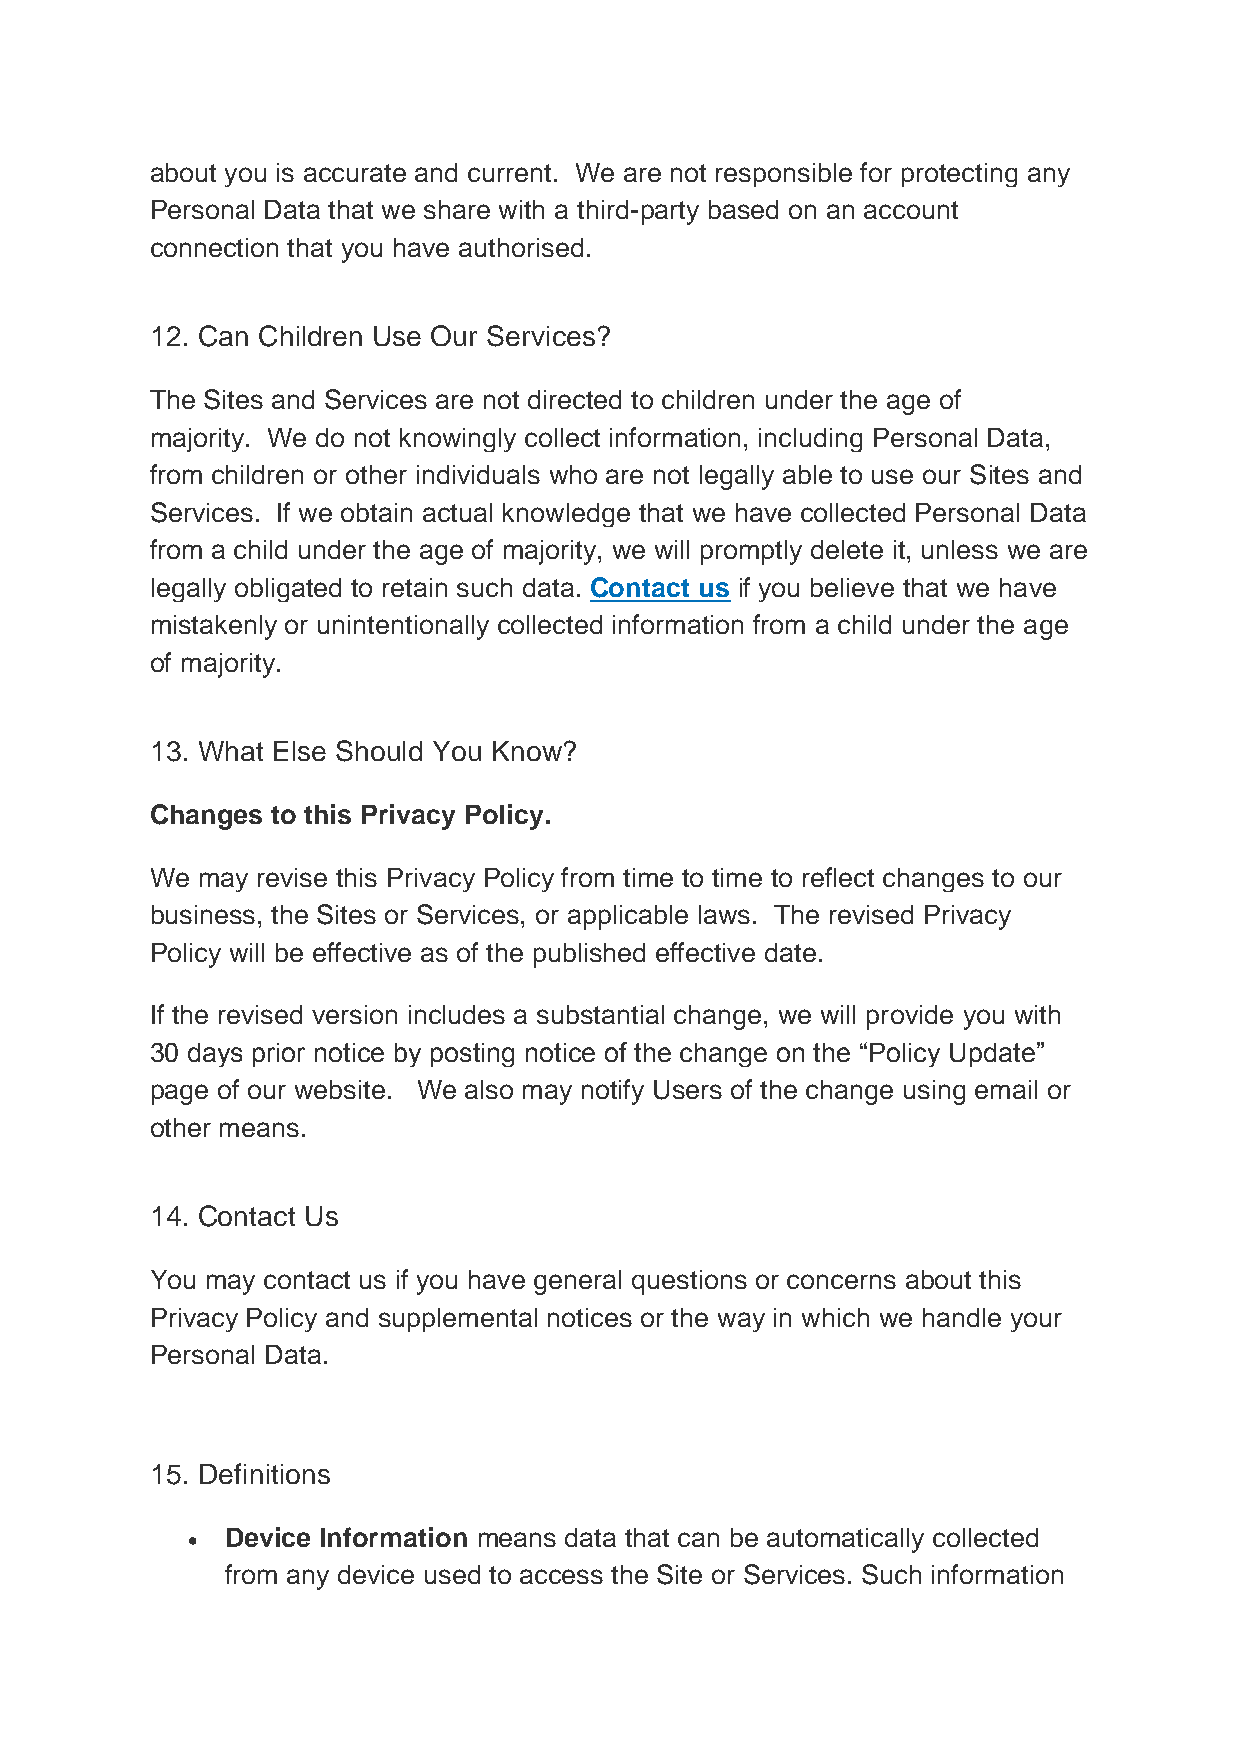
about you is accurate and current. We are not responsible for protecting any
 Personal Data that we share with a third-party based on an account
 connection that you have authorised.
 12. Can Children Use Our Services?
 The Sites and Services are not directed to children under the age of
 majority. We do not knowingly collect information, including Personal Data,
 from children or other individuals who are not legally able to use our Sites and
 Services. If we obtain actual knowledge that we have collected Personal Data
 from a child under the age of majority, we will promptly delete it, unless we are
 legally obligated to retain such data. Contact us if you believe that we have
 mistakenly or unintentionally collected information from a child under the age
 of majority.
 13. What Else Should You Know?
 Changes to this Privacy Policy.
 We may revise this Privacy Policy from time to time to reflect changes to our
 business, the Sites or Services, or applicable laws. The revised Privacy
 Policy will be effective as of the published effective date.
 If the revised version includes a substantial change, we will provide you with
 30 days prior notice by posting notice of the change on the “Policy Update”
 page of our website. We also may notify Users of the change using email or
 other means.
 14. Contact Us
 You may contact us if you have general questions or concerns about this
 Privacy Policy and supplemental notices or the way in which we handle your
 Personal Data.
 15. Definitions
 •  Device Information means data that can be automatically collected
 from any device used to access the Site or Services. Such information